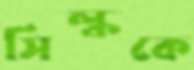
সিল্ককে